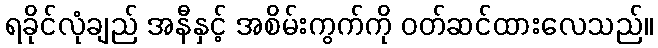
ရခိုင်လုံချည် အနီနှင့် အစိမ်းကွက်ကို ဝတ်ဆင်ထားလေသည်။